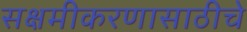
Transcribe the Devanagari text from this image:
सक्षमीकरणासाठीचे